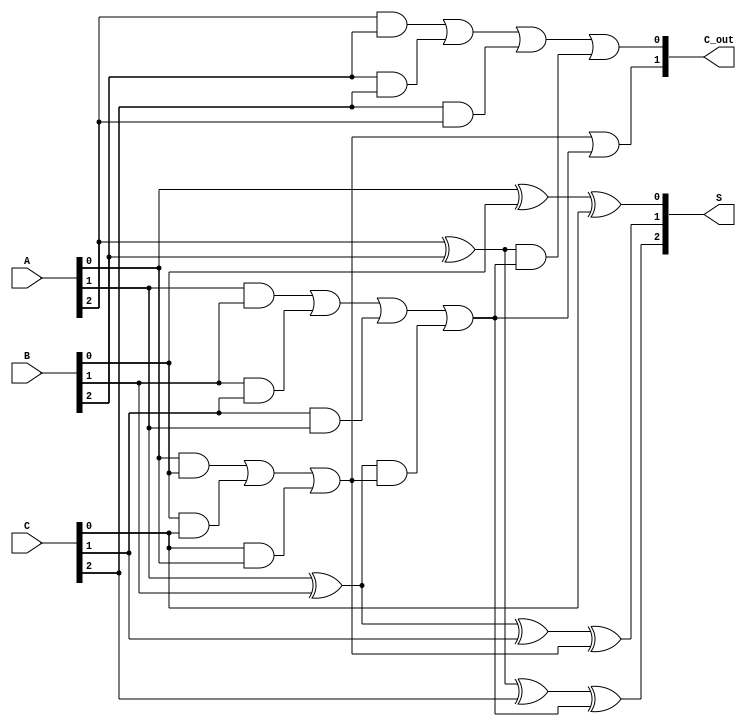
module CarrySaveAdder (
    input  [2:0] A,   // 3-bit input A
    input  [2:0] B,   // 3-bit input B
    input  [2:0] C,   // 3-bit input C
    output [2:0] S,   // 3-bit sum output
    output [1:0] C_out // 2-bit carry output
);

    wire C1, C2; // Intermediate carry signals
    wire S0, S1, S2; // Intermediate sum signals

    // Full adder for the least significant bit (LSB)
    assign S0 = A[0] ^ B[0] ^ C[0]; // Sum for LSB
    assign C1 = (A[0] & B[0]) | (B[0] & C[0]) | (C[0] & A[0]); // Carry for LSB

    // Full adder for the middle bit
    assign S1 = A[1] ^ B[1] ^ C[1] ^ C1; // Sum for middle bit
    assign C2 = (A[1] & B[1]) | (B[1] & C[1]) | (C[1] & A[1]) | 
                 ((A[1] ^ B[1]) & C1); // Carry for middle bit

    // Full adder for the most significant bit (MSB)
    assign S2 = A[2] ^ B[2] ^ C[2] ^ C2; // Sum for MSB
    assign C_out[0] = (A[2] & B[2]) | (B[2] & C[2]) | (C[2] & A[2]) | 
                      ((A[2] ^ B[2]) & C2); // Carry for MSB
    assign C_out[1] = C1 | C2; // Final carry output

    // Assign the sum output
    assign S = {S2, S1, S0};

endmodule